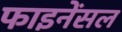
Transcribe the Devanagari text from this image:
फाइनेंसल